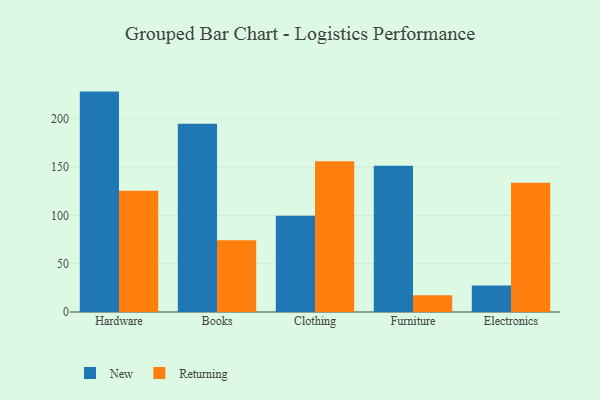
{"axis": {"x": "Category", "y": "Temperature (°C)"}, "legend": ["New", "Returning"], "data": [{"x": "Hardware", "y": 228.0, "type": "New"}, {"x": "Hardware", "y": 125.4, "type": "Returning"}, {"x": "Books", "y": 194.7, "type": "New"}, {"x": "Books", "y": 74.3, "type": "Returning"}, {"x": "Clothing", "y": 99.5, "type": "New"}, {"x": "Clothing", "y": 156.0, "type": "Returning"}, {"x": "Furniture", "y": 151.2, "type": "New"}, {"x": "Furniture", "y": 17.2, "type": "Returning"}, {"x": "Electronics", "y": 27.5, "type": "New"}, {"x": "Electronics", "y": 133.8, "type": "Returning"}]}